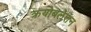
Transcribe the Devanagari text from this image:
क्रयोबलेशन